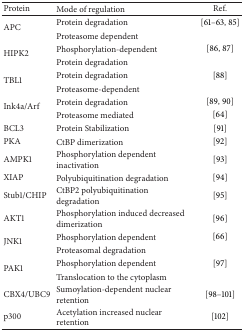
| Protein | Mode of regulation | Ref. |
 | --- | --- | --- |
 | <ROWSPAN=2> APC | Protein degradation | [61–63, 85] |
 | Proteasome dependent |  |
 | <ROWSPAN=2> HIPK2 | Phosphorylation-dependent | [86, 87] |
 | Protein degradation |  |
 | <ROWSPAN=2> TBL1 | Protein degradation | [88] |
 | Proteasome-dependent |  |
 | <ROWSPAN=2> Ink4a/Arf | Protein degradation | [89, 90] |
 | Proteasome mediated | [64] |
 | BCL3 | Protein Stabilization | [91] |
 | PKA | CtBP dimerization | [92] |
 | AMPK1 | Phosphorylation dependent inactivation | [93] |
 | XIAP | Polyubiquitination degradation | [94] |
 | Stub1/CHIP | CtBP2 polyubiquitination degradation | [95] |
 | AKT1 | Phosphorylation induced decreased dimerization | [96] |
 | <ROWSPAN=2> JNK1 | Phosphorylation dependent | [66] |
 | Proteasomal degradation |  |
 | <ROWSPAN=2> PAK1 | Phosphorylation dependent | [97] |
 | Translocation to the cytoplasm |  |
 | CBX4/UBC9 | Sumoylation-dependent nuclear retention | [98–101] |
 | p300 | Acetylation increased nuclear retention | [102] |